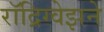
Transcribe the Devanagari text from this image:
रॉद्रिग्वेझने